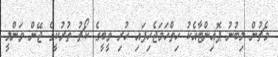
މެޗުން ލިބުނު ޕޮއިންޓާއެކު ހިތްހަމަޖެހިފައި ހުރި ވީބީގެ ކޯޗު ތުރުކީގެ ޖޭން ވަންލީ